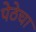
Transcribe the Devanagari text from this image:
पेठेचा